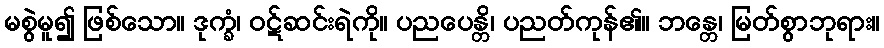
မစွဲမူ၍ ဖြစ်သော။ ဒုက္ခံ၊ ဝဋ်ဆင်းရဲကို။ ပညပေန္တိ၊ ပညတ်ကုန်၏။ ဘန္တေ၊ မြတ်စွာဘုရား။